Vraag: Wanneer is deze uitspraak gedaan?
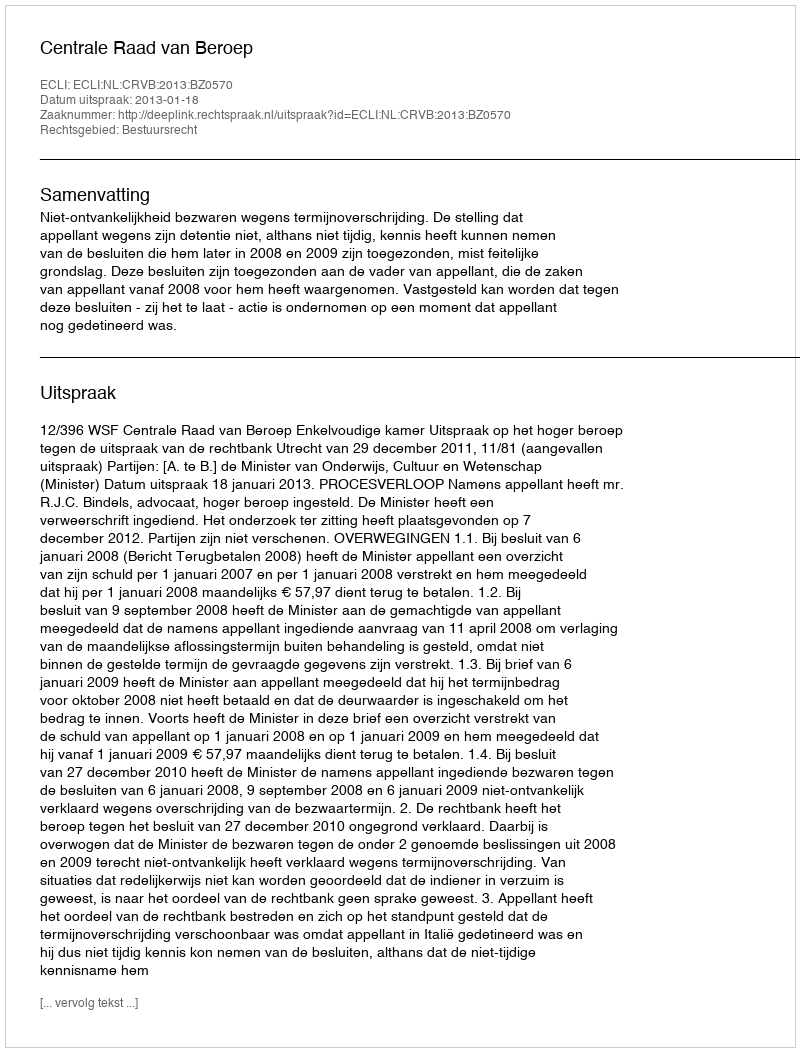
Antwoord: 2013-01-18